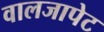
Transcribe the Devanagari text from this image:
वालजापेट